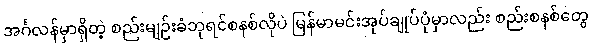
အင်္ဂလန်မှာရှိတဲ့ စည်းမျဉ်းခံဘုရင်စနစ်လိုပဲ မြန်မာမင်းအုပ်ချုပ်ပုံမှာလည်း စည်းစနစ်တွေ